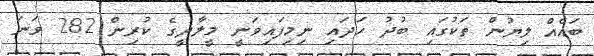
ބައެއް ލިޔުން ތަކުގައި ބުދު ހަދައި ނިމިފައިވަނީ މީލާދީގެ ކުރިން 282 ވަނަ